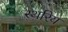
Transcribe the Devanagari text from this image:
स्थरिय